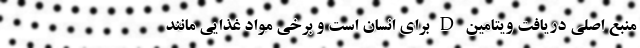
منبع اصلی دریافت ویتامین D برای انسان است و برخی مواد غذایی مانند